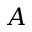
A